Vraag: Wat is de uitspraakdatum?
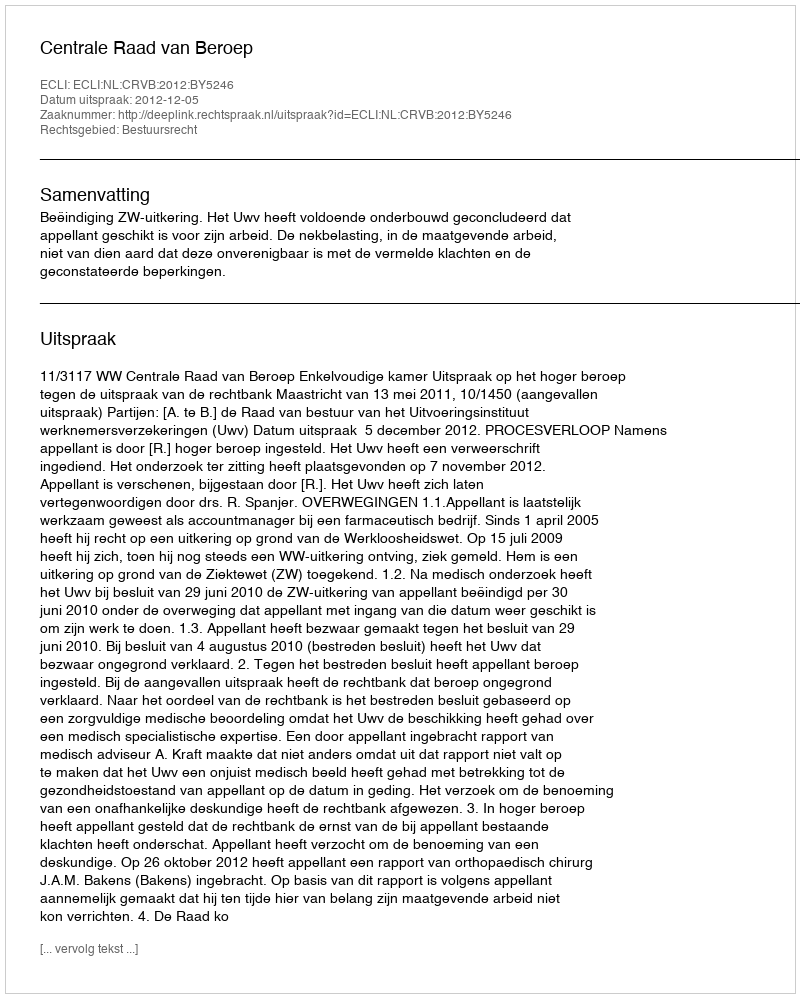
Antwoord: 2012-12-05